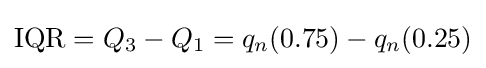
{\text{IQR}}=Q_{3}-Q_{1}=q_{n}(0.75)-q_{n}(0.25)